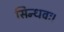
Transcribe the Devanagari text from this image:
सिन्धवः।